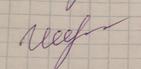
Signature authenticity: genuine